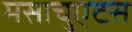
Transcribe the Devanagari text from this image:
मसाचुएटस